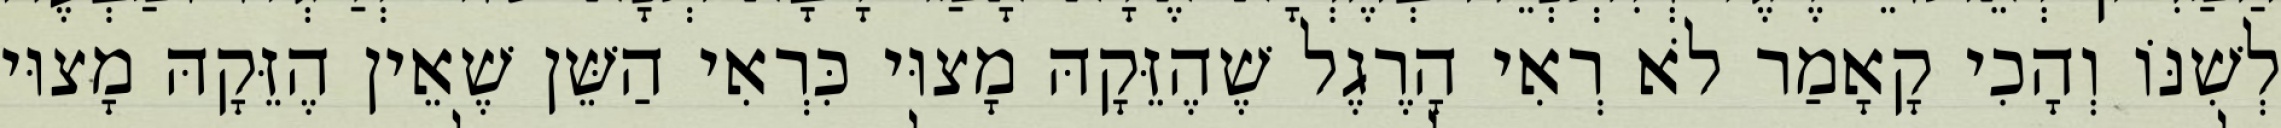
לְשִׁנּוֹ וְהָכִי קָאָמַר לֹא רְאִי הָרֶגֶל שֶׁהֶזֵּקָהּ מָצוּי כִּרְאִי הַשֵּׁן שֶׁאֵין הֶזֵּקָהּ מָצוּי